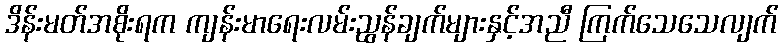
ဒိန်းမတ်အစိုးရက ကျန်းမာရေးလမ်းညွန်ချက်များနှင့်အညီ ကြက်သေသေလျက်